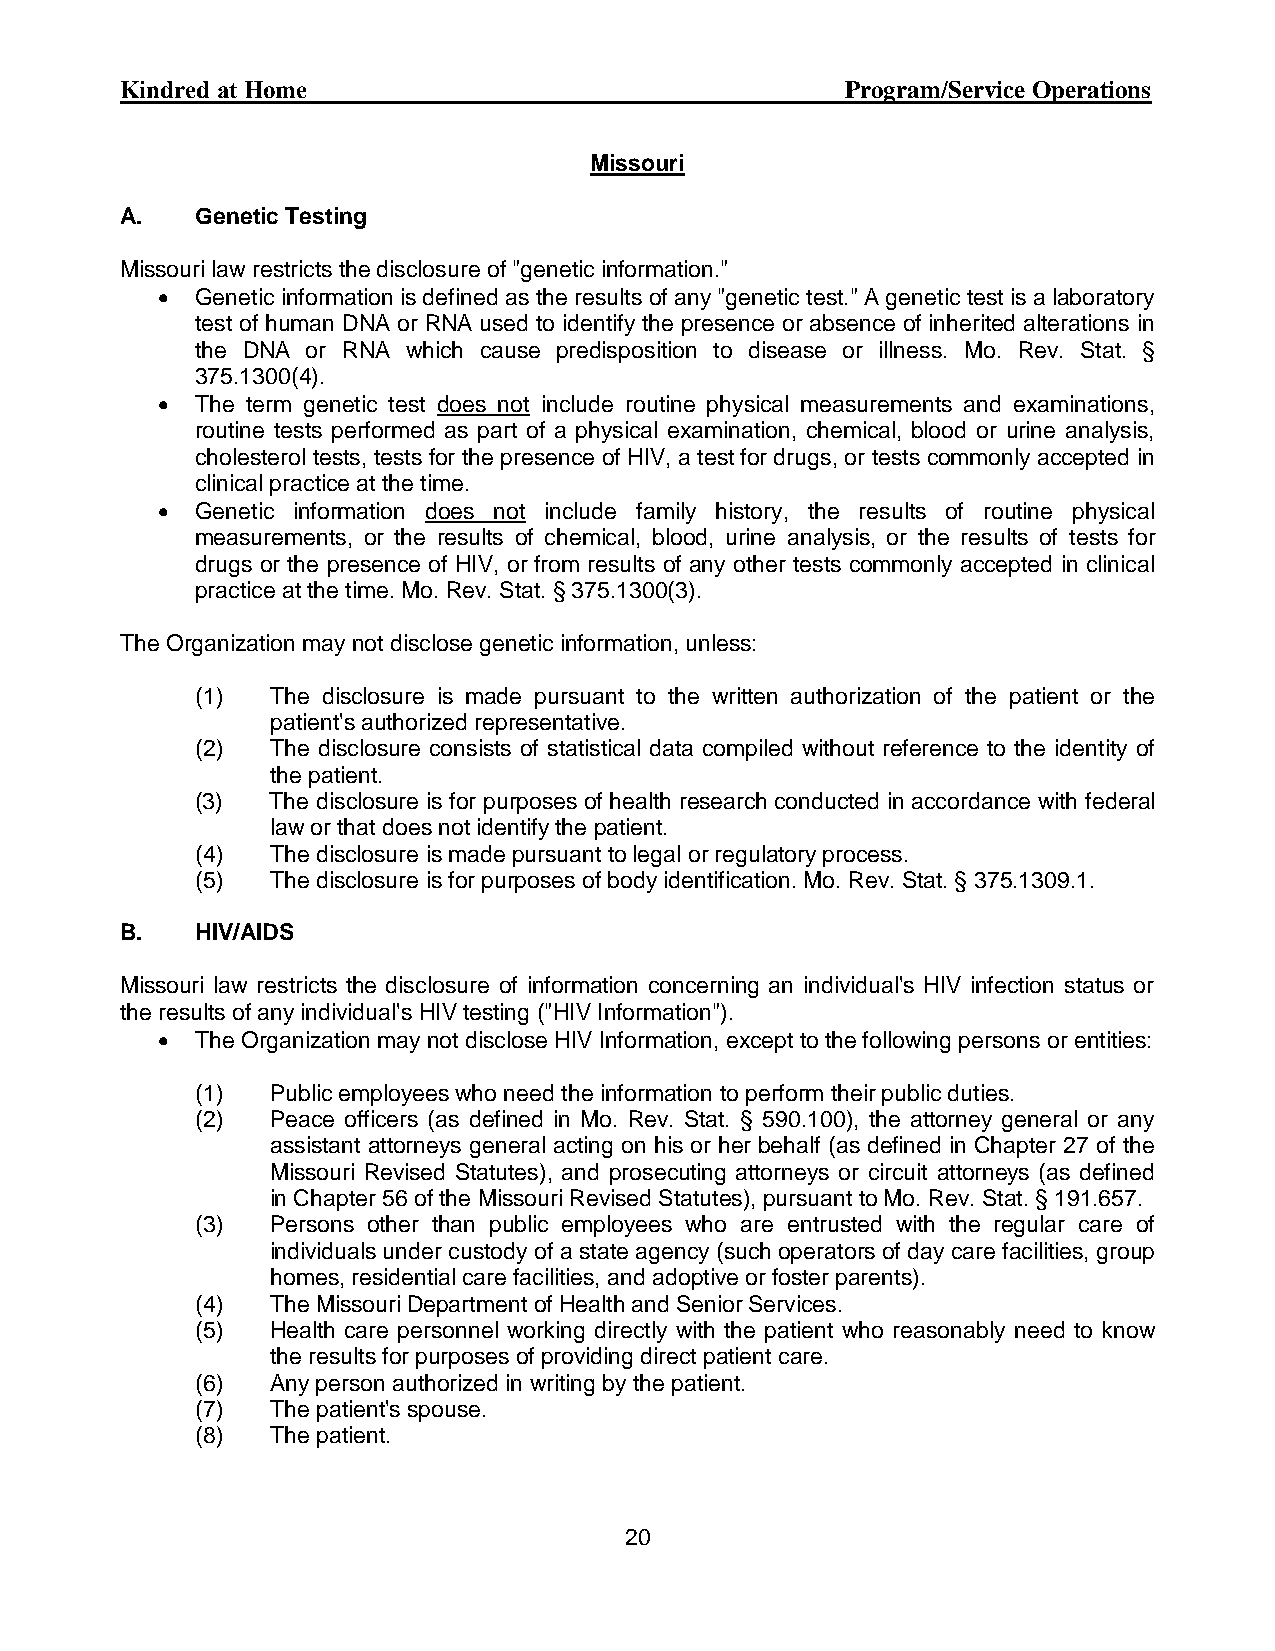
Curo Health Services                            Program/Service Operations
 Missouri
 A.   Genetic Testing
 Missouri law restricts the disclosure of "genetic information."
   Genetic information is defined as the results of any "genetic test." A genetic test is a laboratory
 test of human DNA or RNA used to identify the presence or absence of inherited alterations in
 the DNA or RNA which cause predisposition to disease or illness. Mo. Rev. Stat. §
 375.1300(4).
   The term genetic test does not include routine physical measurements and examinations,
 routine tests performed as part of a physical examination, chemical, blood or urine analysis,
 cholesterol tests, tests for the presence of HIV, a test for drugs, or tests commonly accepted in
 clinical practice at the time.
   Genetic information does not include family history, the results of routine physical
 measurements, or the results of chemical, blood, urine analysis, or the results of tests for
 drugs or the presence of HIV, or from results of any other tests commonly accepted in clinical
 practice at the time. Mo. Rev. Stat. § 375.1300(3).
 The Organization may not disclose genetic information, unless:
 (1)  The disclosure is made pursuant to the written authorization of the patient or the
 patient's authorized representative.
 (2)  The disclosure consists of statistical data compiled without reference to the identity of
 the patient.
 (3)  The disclosure is for purposes of health research conducted in accordance with federal
 law or that does not identify the patient.
 (4)  The disclosure is made pursuant to legal or regulatory process.
 (5)  The disclosure is for purposes of body identification. Mo. Rev. Stat. § 375.1309.1.
 B.   HIV/AIDS
 Missouri law restricts the disclosure of information concerning an individual's HIV infection status or
 the results of any individual's HIV testing ("HIV Information").
   The Organization may not disclose HIV Information, except to the following persons or entities:
 (1)  Public employees who need the information to perform their public duties.
 (2)  Peace officers (as defined in Mo. Rev. Stat. § 590.100), the attorney general or any
 assistant attorneys general acting on his or her behalf (as defined in Chapter 27 of the
 Missouri Revised Statutes), and prosecuting attorneys or circuit attorneys (as defined
 in Chapter 56 of the Missouri Revised Statutes), pursuant to Mo. Rev. Stat. § 191.657.
 (3)  Persons other than public employees who are entrusted with the regular care of
 individuals under custody of a state agency (such operators of day care facilities, group
 homes, residential care facilities, and adoptive or foster parents).
 (4)  The Missouri Department of Health and Senior Services.
 (5)  Health care personnel working directly with the patient who reasonably need to know
 the results for purposes of providing direct patient care.
 (6)  Any person authorized in writing by the patient.
 (7)  The patient's spouse.
 (8)  The patient.
 20